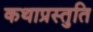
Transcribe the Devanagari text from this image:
कथाप्रस्तुति